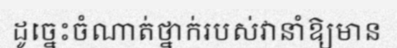
ដូច្នេះចំណាត់ថ្នាក់របស់វានាំឱ្យមាន